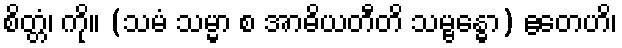
စိတ္တံ၊ ကို။ (သမံ သမ္မာ စ အာဓိယတီတိ သမ္ဗန္ဓော) ဧတေဟိ၊